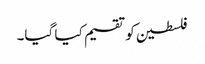
فلسطین کو تقسیم کیا گیا۔